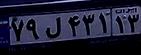
۷۹ل۴۳۱۱۳